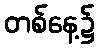
တစ်နေ့၌